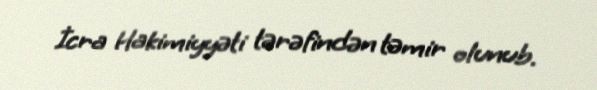
İcra Hakimiyyəti tərəfindən təmir olunub.